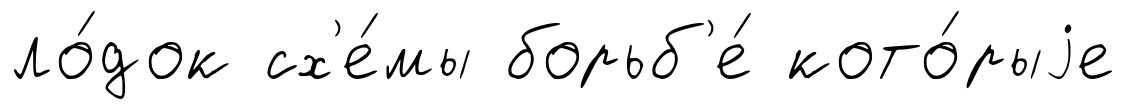
ло́док сх'е́мы борьб'е́ кото́рыjе